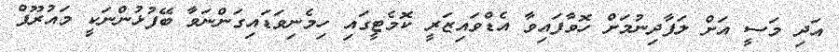
އަދި މަސީ އަށް ލަފާދިނުމަށް ހޮވާފައިވާ އެޑްވައިޒަރީ ކޮމެޓީގައި ހިމެނިވަޑައިގަންނަވާ ބޭފުޅުންނަކީ މައުރޫފް